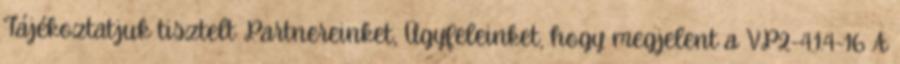
Tájékoztatjuk tisztelt Partnereinket, Ügyfeleinket, hogy megjelent a VP2-4.1.4-16 A